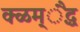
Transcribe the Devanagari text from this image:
क्ळम्ैद्ध